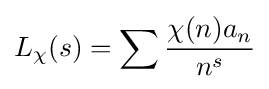
L_{\chi }(s)=\sum {\frac {\chi (n)a_{n}}{n^{s}}}